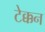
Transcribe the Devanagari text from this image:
टेक्कन